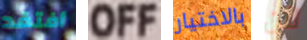
أفتقد OFF بالاختيار لأن